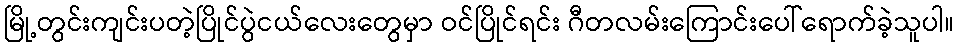
မြို့တွင်းကျင်းပတဲ့ပြိုင်ပွဲငယ်လေးတွေမှာ ဝင်ပြိုင်ရင်း ဂီတလမ်းကြောင်းပေါ်ရောက်ခဲ့သူပါ။